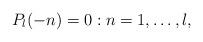
LaTeX: \begin{align*} P_l(-n)=0:n=1,\ldots,l,\end{align*}